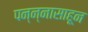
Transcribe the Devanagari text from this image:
पन्‍न्‍नासाहून